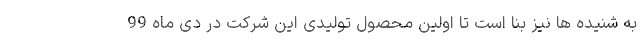
به شنیده ها نیز بنا است تا اولین محصول تولیدی این شرکت در دی ماه 99